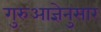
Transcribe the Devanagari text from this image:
गुरुआज्ञेनुसार